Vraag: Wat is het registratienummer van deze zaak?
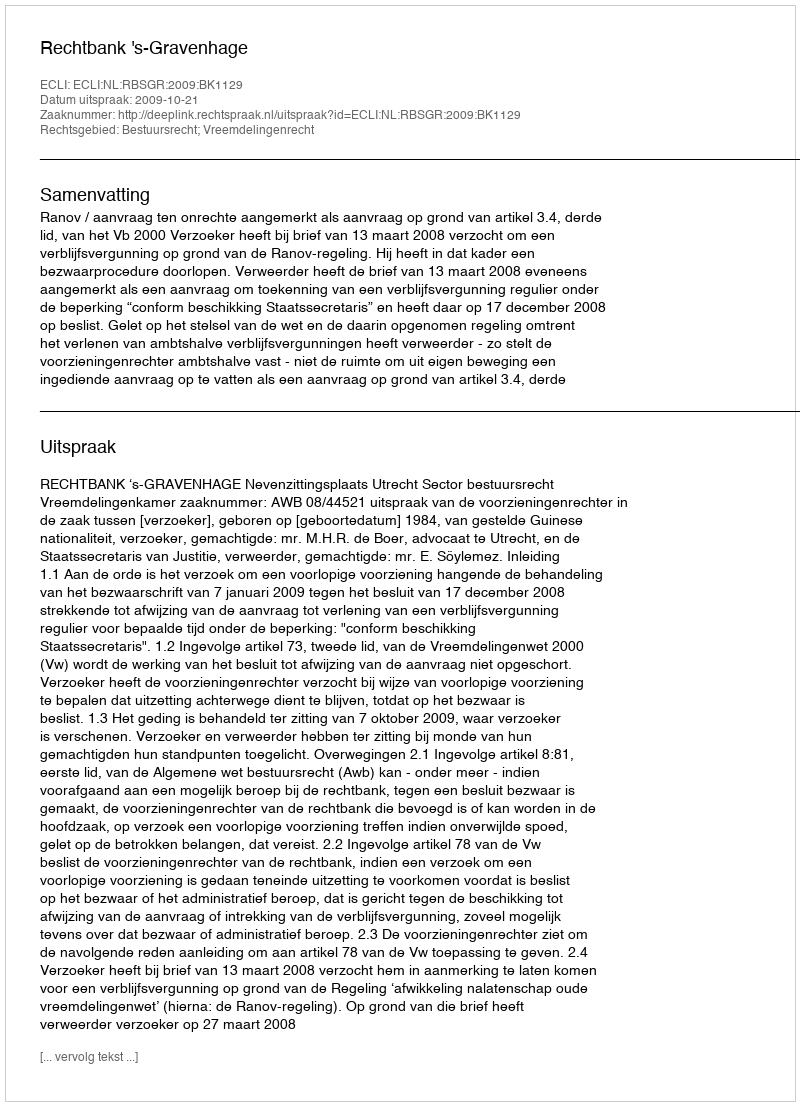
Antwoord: http://deeplink.rechtspraak.nl/uitspraak?id=ECLI:NL:RBSGR:2009:BK1129